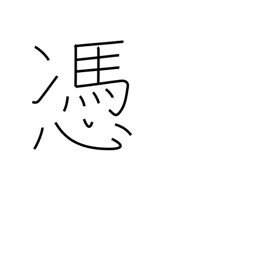
Meaning: haunt